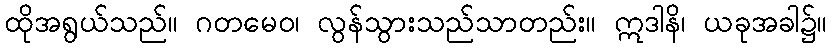
ထိုအရွယ်သည်။ ဂတမေဝ၊ လွန်သွားသည်သာတည်း။ ဣဒါနိ၊ ယခုအခါ၌။